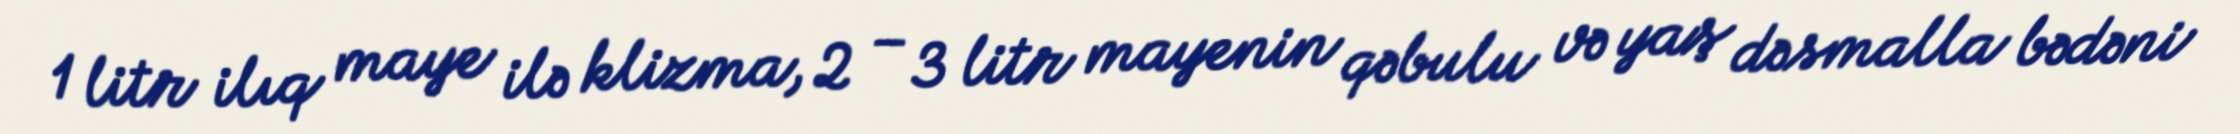
1 litr ilıq maye ilə klizma, 2 – 3 litr mayenin qəbulu və yaş dəsmalla bədəni